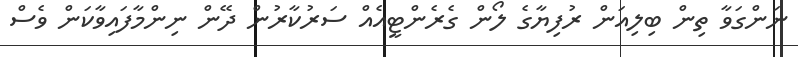
ނަންގަވާ ތިން ބިލިއަން ރުފިޔާގެ ލޯން ގެރެންޓީއެއް ސަރުކާރުން ދޭން ނިންމާފައިވާކަން ވެސް